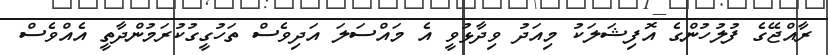
ރާއްޖޭގެ ފުލުހުންގެ އޮފިޝަލަކު މިއަދު ވިދާޅުވީ އެ މައްސަލަ އަދިވެސް ތަހުގީގުކުރަމުންދާތީ އެއްވެސް